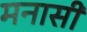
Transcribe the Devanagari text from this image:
मनासी